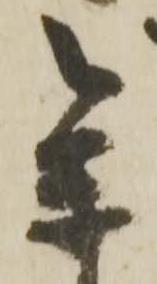
参